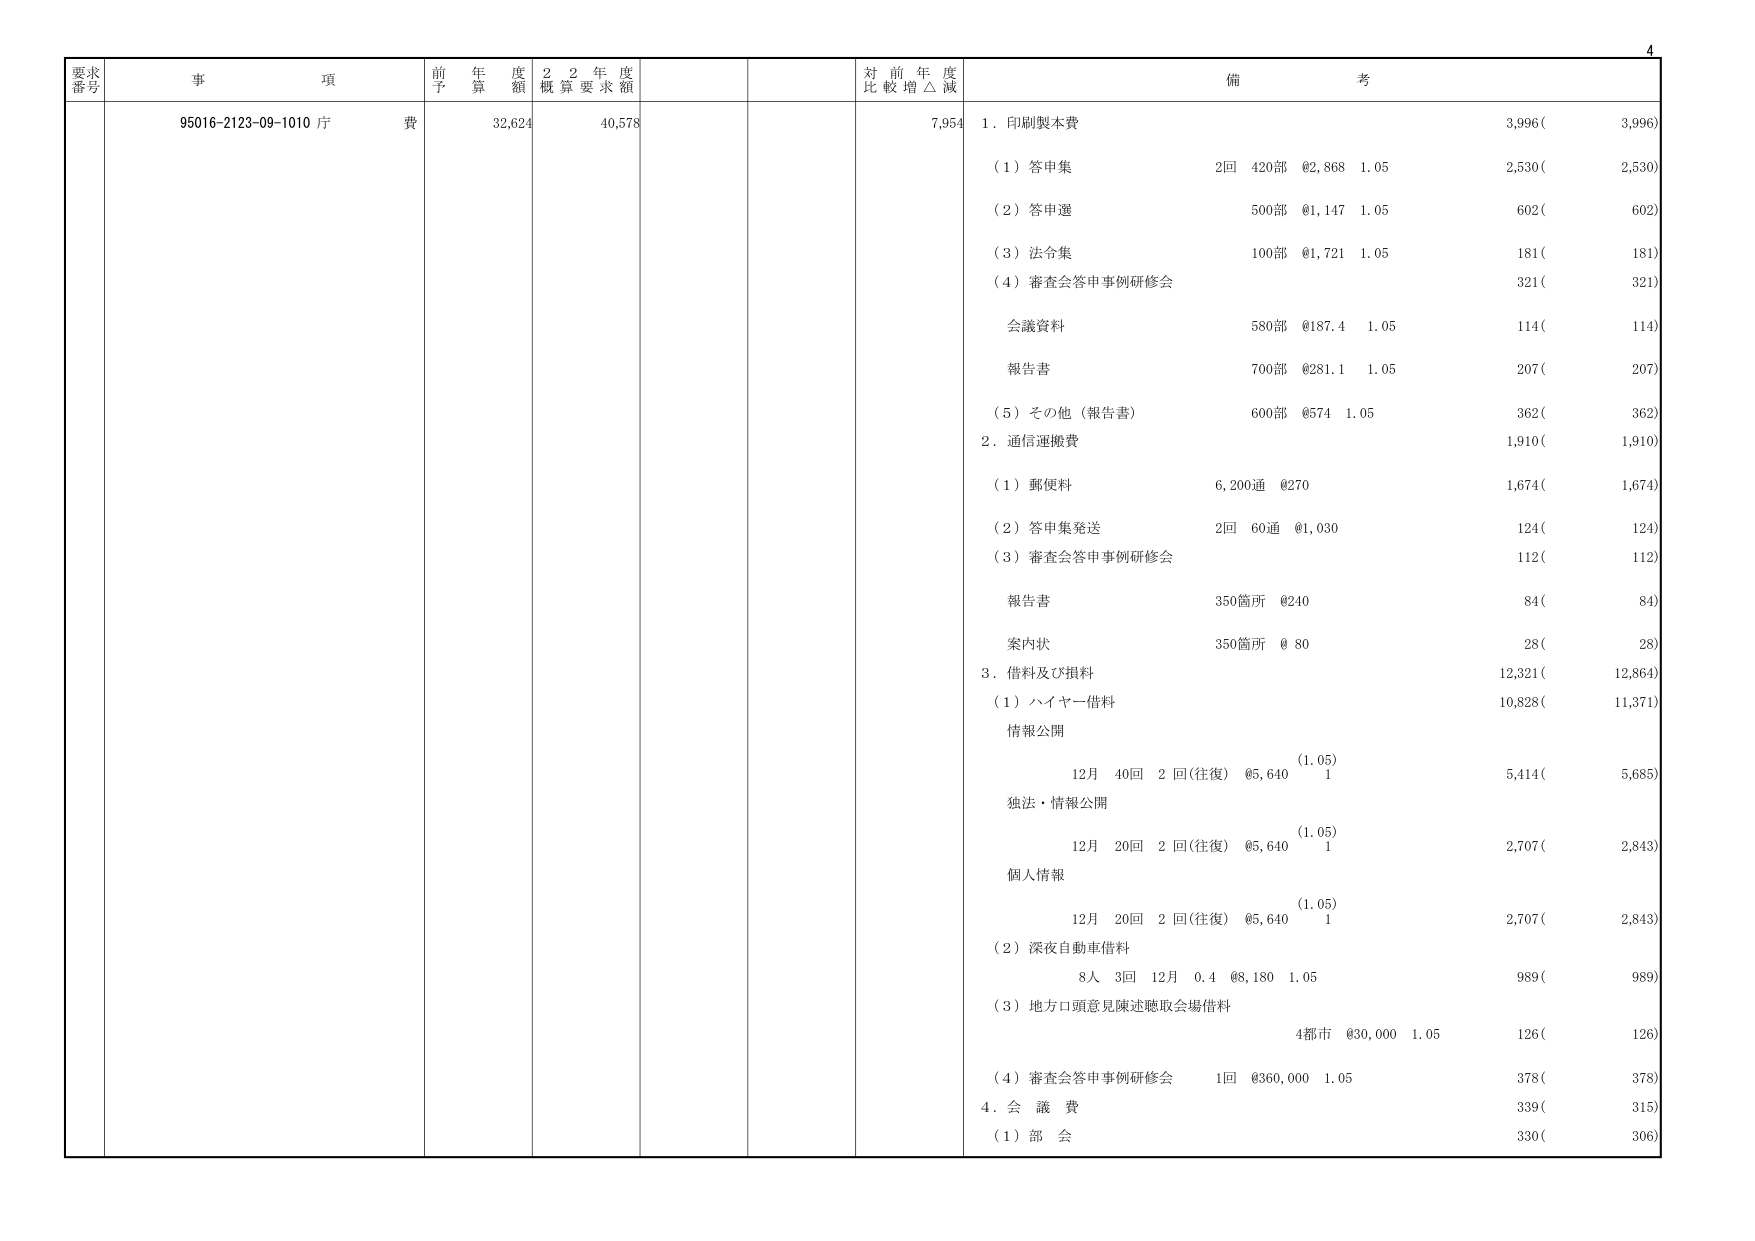
要求番号 事項 前年度予算額 2年度概算要求額 対前年度比較増△減 備考
95016-2123-09-1010 庁費 32,624 40,578 7,954
1. 印刷製本費 3,996( 3,996)
（1）答申集 2回 420部 @2,868 1.05 2,530( 2,530)
（2）答申選 500部 @1,147 1.05 602( 602)
（3）法令集 100部 @1,721 1.05 181( 181)
（4）審査会答申事例研修会 321( 321)
会議資料 580部 @187.4 1.05 114( 114)
報告書 700部 @281.1 1.05 207( 207)
（5）その他（報告書） 600部 @574 1.05 362( 362)
2. 通信運搬費 1,910( 1,910)
（1）郵便料 6,200通 @270 1,674( 1,674)
（2）答申集発送 2回 60通 @1,030 124( 124)
（3）審査会答申事例研修会 112( 112)
報告書 350箇所 @240 84( 84)
案内状 350箇所 @80 28( 28)
3. 借料及び損料 12,321( 12,864)
（1）ハイヤー借料 10,828( 11,371)
情報公開
(1.05)
12月 40回 2回(往復) @5,640 1 5,414( 5,685)
独法・情報公開
(1.05)
12月 20回 2回(往復) @5,640 1 2,707( 2,843)
個人情報
(1.05)
12月 20回 2回(往復) @5,640 1 2,707( 2,843)
（2）深夜自動車借料
8人 3回 12月 0.4 @8,180 1.05 989( 989)
（3）地方口頭意見陳述聴取会場借料
4都市 @30,000 1.05 126( 126)
（4）審査会答申事例研修会 1回 @360,000 1.05 378( 378)
4. 会議費 339( 315)
（1）部会 330( 306)